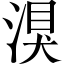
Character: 湨